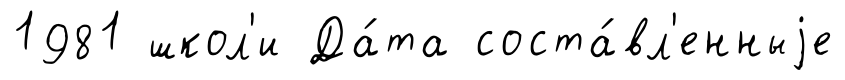
1981 школ'и Да́та соста́вл'енныjе